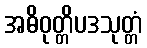
အဓိဝုတ္တိပဒသုတ္တံ